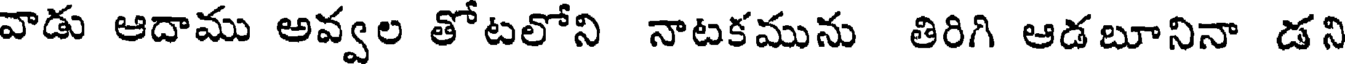
వాడు ఆదాము అవ్వల తోటలోని నాటకమును తిరిగి ఆడబూనినా డని